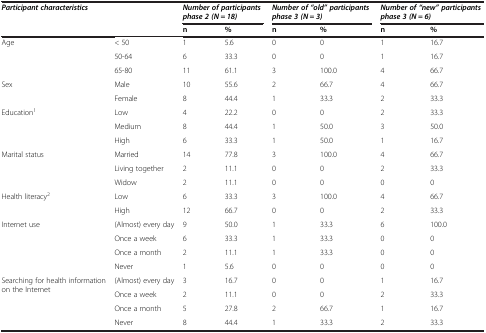
<table><thead><tr><td><b><i>Participant characteristics</i></b></td><td></td><td colspan="2"><b><i>Number of participants phase 2 (N = 18)</i></b></td><td colspan="2"><b><i>Number of “old” participants phase 3 (N = 3)</i></b></td><td colspan="2"><b><i>Number of “new” participants phase 3 (N = 6)</i></b></td></tr><tr><td></td><td></td><td><b>n</b></td><td><b>%</b></td><td><b>n</b></td><td><b>%</b></td><td><b>n</b></td><td><b>%</b></td></tr></thead><tbody><tr><td rowspan="3">Age</td><td>&lt; 50</td><td>1</td><td>5.6</td><td>0</td><td>0</td><td>1</td><td>16.7</td></tr><tr><td>50-64</td><td>6</td><td>33.3</td><td>0</td><td>0</td><td>1</td><td>16.7</td></tr><tr><td>65-80</td><td>11</td><td>61.1</td><td>3</td><td>100.0</td><td>4</td><td>66.7</td></tr><tr><td rowspan="2">Sex</td><td>Male</td><td>10</td><td>55.6</td><td>2</td><td>66.7</td><td>4</td><td>66.7</td></tr><tr><td>Female</td><td>8</td><td>44.4</td><td>1</td><td>33.3</td><td>2</td><td>33.3</td></tr><tr><td rowspan="3">Education<sup>1</sup></td><td>Low</td><td>4</td><td>22.2</td><td>0</td><td>0</td><td>2</td><td>33.3</td></tr><tr><td>Medium</td><td>8</td><td>44.4</td><td>1</td><td>50.0</td><td>3</td><td>50.0</td></tr><tr><td>High</td><td>6</td><td>33.3</td><td>1</td><td>50.0</td><td>1</td><td>16.7</td></tr><tr><td rowspan="3">Marital status</td><td>Married</td><td>14</td><td>77.8</td><td>3</td><td>100.0</td><td>4</td><td>66.7</td></tr><tr><td>Living together</td><td>2</td><td>11.1</td><td>0</td><td>0</td><td>2</td><td>33.3</td></tr><tr><td>Widow</td><td>2</td><td>11.1</td><td>0</td><td>0</td><td>0</td><td>0</td></tr><tr><td rowspan="2">Health literacy<sup>2</sup></td><td>Low</td><td>6</td><td>33.3</td><td>3</td><td>100.0</td><td>4</td><td>66.7</td></tr><tr><td>High</td><td>12</td><td>66.7</td><td>0</td><td>0</td><td>2</td><td>33.3</td></tr><tr><td rowspan="4">Internet use</td><td>(Almost) every day</td><td>9</td><td>50.0</td><td>1</td><td>33.3</td><td>6</td><td>100.0</td></tr><tr><td>Once a week</td><td>6</td><td>33.3</td><td>1</td><td>33.3</td><td>0</td><td>0</td></tr><tr><td>Once a month</td><td>2</td><td>11.1</td><td>1</td><td>33.3</td><td>0</td><td>0</td></tr><tr><td>Never</td><td>1</td><td>5.6</td><td>0</td><td>0</td><td>0</td><td>0</td></tr><tr><td rowspan="4">Searching for health information on the Internet</td><td>(Almost) every day</td><td>3</td><td>16.7</td><td>0</td><td>0</td><td>1</td><td>16.7</td></tr><tr><td>Once a week</td><td>2</td><td>11.1</td><td>0</td><td>0</td><td>2</td><td>33.3</td></tr><tr><td>Once a month</td><td>5</td><td>27.8</td><td>2</td><td>66.7</td><td>1</td><td>16.7</td></tr><tr><td>Never</td><td>8</td><td>44.4</td><td>1</td><td>33.3</td><td>2</td><td>33.3</td></tr></tbody></table>